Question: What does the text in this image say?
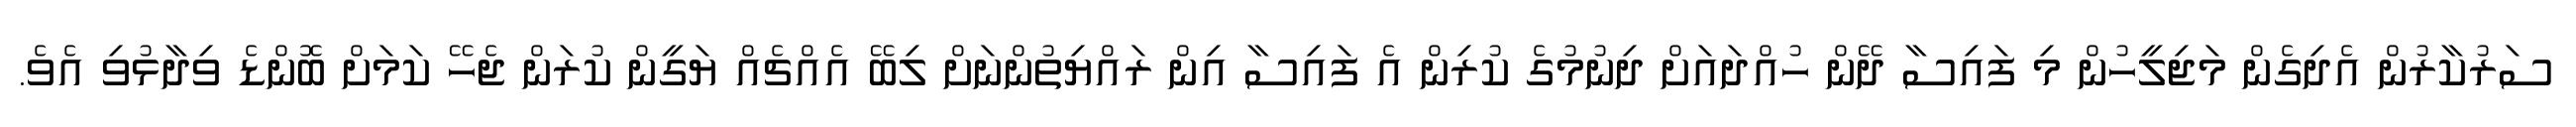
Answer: ސަރުކާރުން އެދިގެން މަޖިލީހުން މި ފައިސާ ދޭން ހުއްދައަށް ދިނުމުގެ ކުރިން އެ ފައިސާ އިން ރައްޔިތުންނަށް ލިބޭ އެއްޗެއް ޔަގީން ކުރަން ޖެހޭ ކަމަށް ބޮންޑެ ވިދާޅުވި އެވެ.